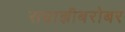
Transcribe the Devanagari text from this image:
सम्राज्ञीबरोबर